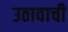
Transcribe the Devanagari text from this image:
उठावाची